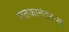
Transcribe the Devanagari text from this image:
शतकानंतरच्या